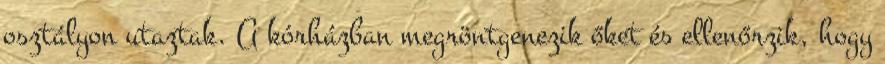
osztályon utaztak. A kórházban megröntgenezik őket és ellenőrzik, hogy